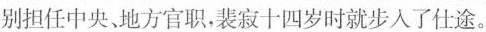
别担任中央、地方官职，裴寂十四岁时就步入了仕途。